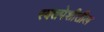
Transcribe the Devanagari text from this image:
रक्तपेशीतील